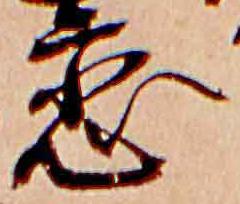
恋